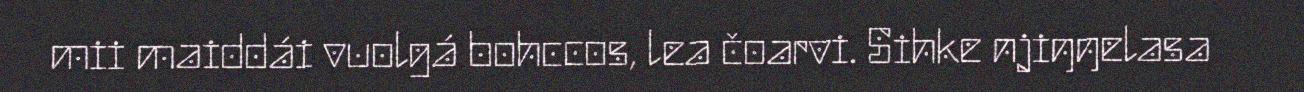
mii maiddái vuolgá bohccos, lea čoarvi. Sihke njiŋŋelasa